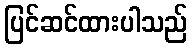
ပြင်ဆင်ထားပါသည်